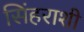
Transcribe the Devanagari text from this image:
सिंहराशी